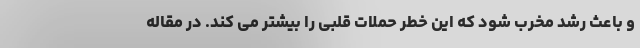
و باعث رشد مخرب شود که این خطر حملات قلبی را بیشتر می کند. در مقاله